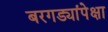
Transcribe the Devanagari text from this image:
बरगड्यांपेक्षा